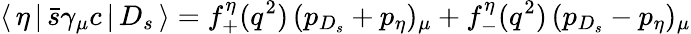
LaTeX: \langle\, \eta\, |\, \bar{s}\gamma_{\mu}c\, |\, D_{s}\, \rangle=f_{+}^{\eta}(q^{2})\, (p_{D_{s}}+p_{\eta})_{\mu}+f_{-}^{\eta}(q^{2})\, (p_{D_{s}}-p_{\eta})_{\mu}